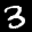
Label: 3